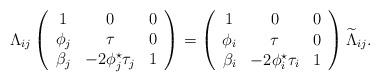
LaTeX: \begin{align*} \Lambda_{ij}\left(\begin{array}{ccc}1&0&0\\\phi_j&\tau&0\\\beta_j&-2\phi_j^\star\tau_j&1\end{array}\right)=\left(\begin{array}{ccc}1&0&0\\\phi_i&\tau&0\\\beta_i&-2\phi_i^\star\tau_i&1\end{array}\right)\widetilde{\Lambda}_{ij}. \end{align*}